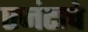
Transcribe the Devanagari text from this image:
एजंटाचे